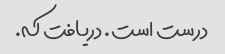
درست است. دریافت که.